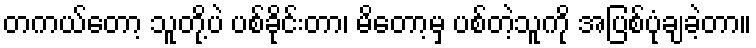
တကယ်တော့ သူတို့ပဲ ပစ်ခိုင်းတာ၊ မိတော့မှ ပစ်တဲ့သူကို အပြစ်ပုံချခဲ့တာ။